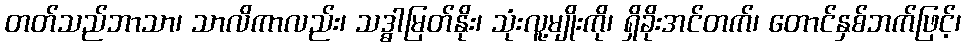
တတ်သည်ဘာသာ၊ သာလိကာလည်း၊ သဒ္ဓါမြတ်နိုး၊ သုံးလူ့မျိုးကို၊ ရှိခိုးအင်တက်၊ တောင်နှစ်ဘက်ဖြင့်၊